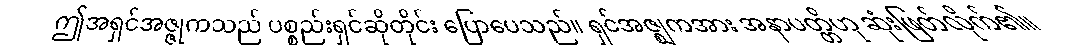
ဤအရှင်အဇ္ဇုကသည် ပစ္စည်းရှင်ဆိုတိုင်း ပြောပေသည်။ ရှင်အဇ္ဈကအား အနာပတ္တိဟု ဆုံးဖြတ်လိုက်၏။